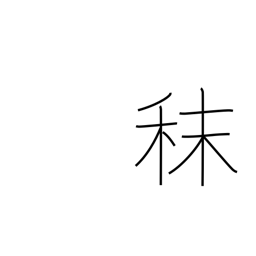
Meaning: fodder